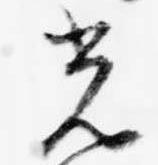
光